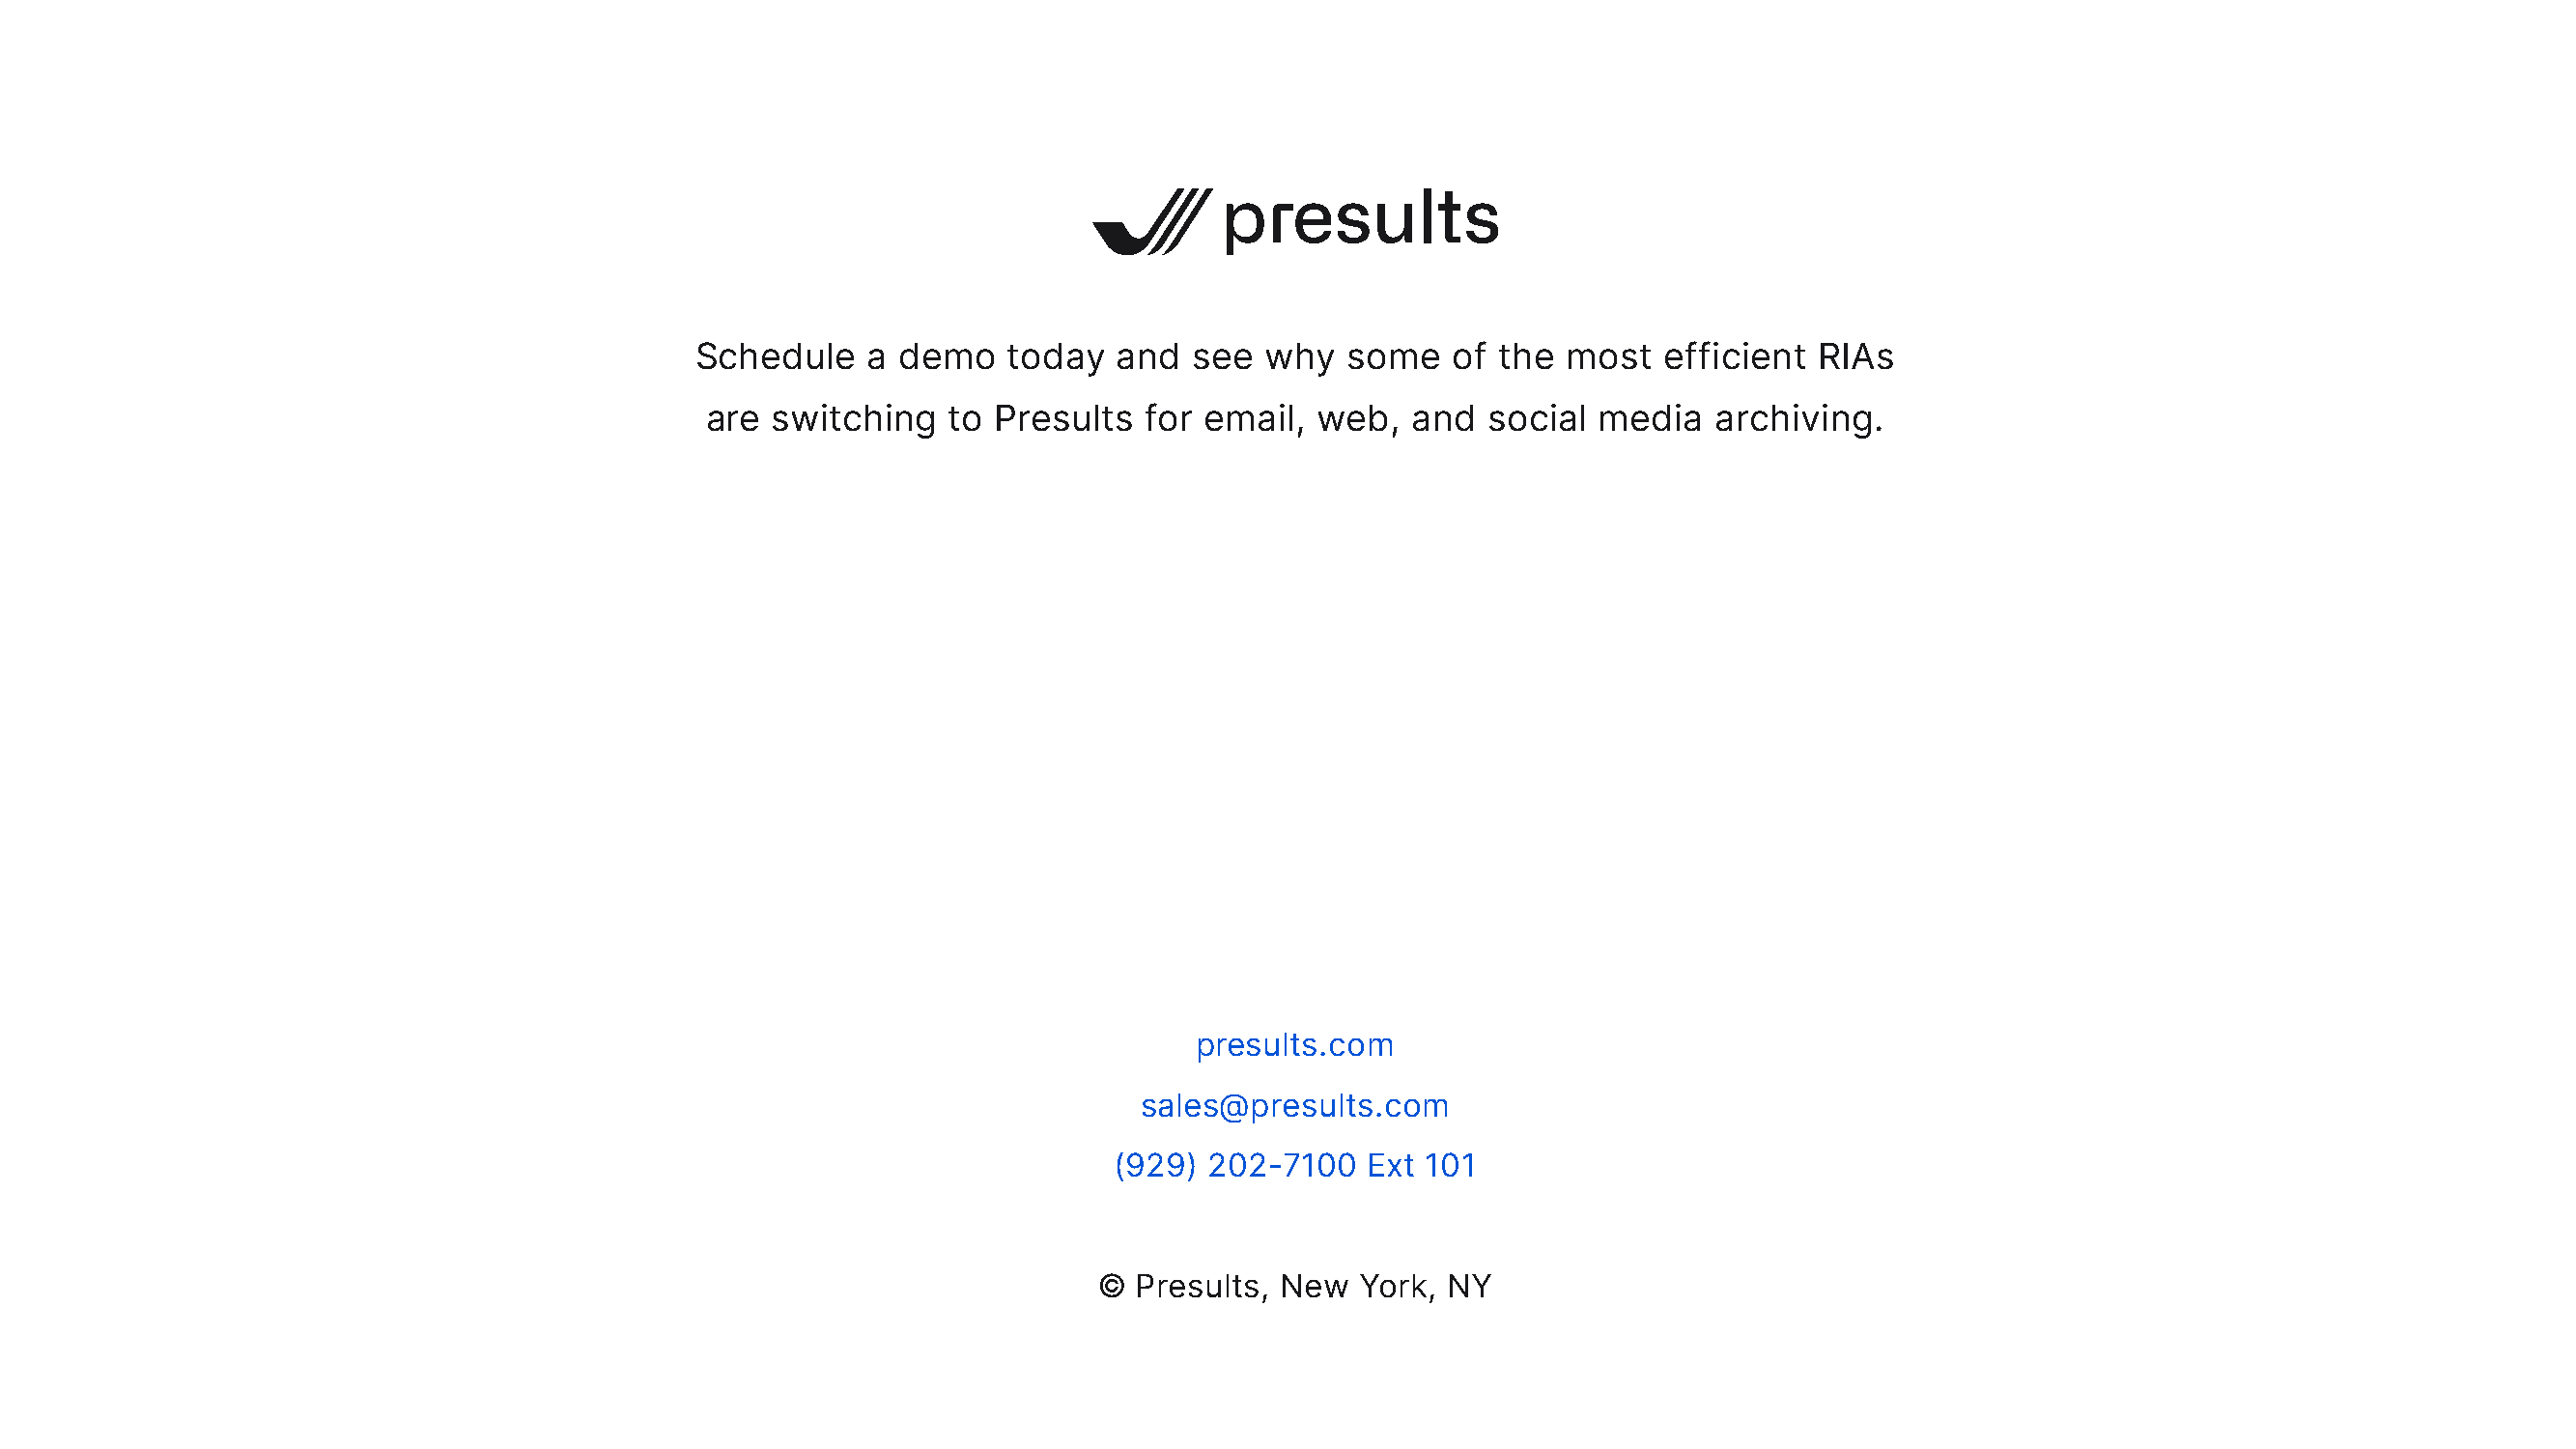
Schedule   a  demo   today   and  see  why  some    of the most   efficient  RIAs
 are  switching   to Presults   for email, web,   and  social  media   archiving.
 presults.com
 sales@presults.com
 (929)  202-7100   Ext 101
 ©  Presults, New  York, NY